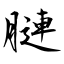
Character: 𦟪